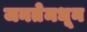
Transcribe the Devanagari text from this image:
जनतेमधून